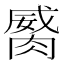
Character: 𦞏